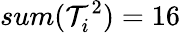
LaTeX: sum(\mathcal{T}_{i}^{2})=16